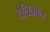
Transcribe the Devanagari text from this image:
टेलिक्रॉन